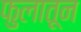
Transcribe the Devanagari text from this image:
फुलातून